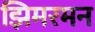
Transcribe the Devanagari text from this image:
झिमरमन